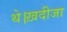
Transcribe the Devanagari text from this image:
थे।ख़दीजा